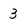
Character: 3